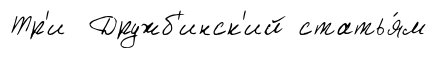
Тр'и Дружб'инск'ий статья́м